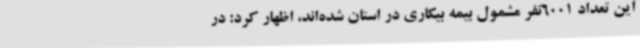
این تعداد 6001نفر مشمول بیمه بیکاری در استان شده‌اند، اظهار کرد: در